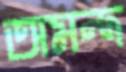
অমন্দ